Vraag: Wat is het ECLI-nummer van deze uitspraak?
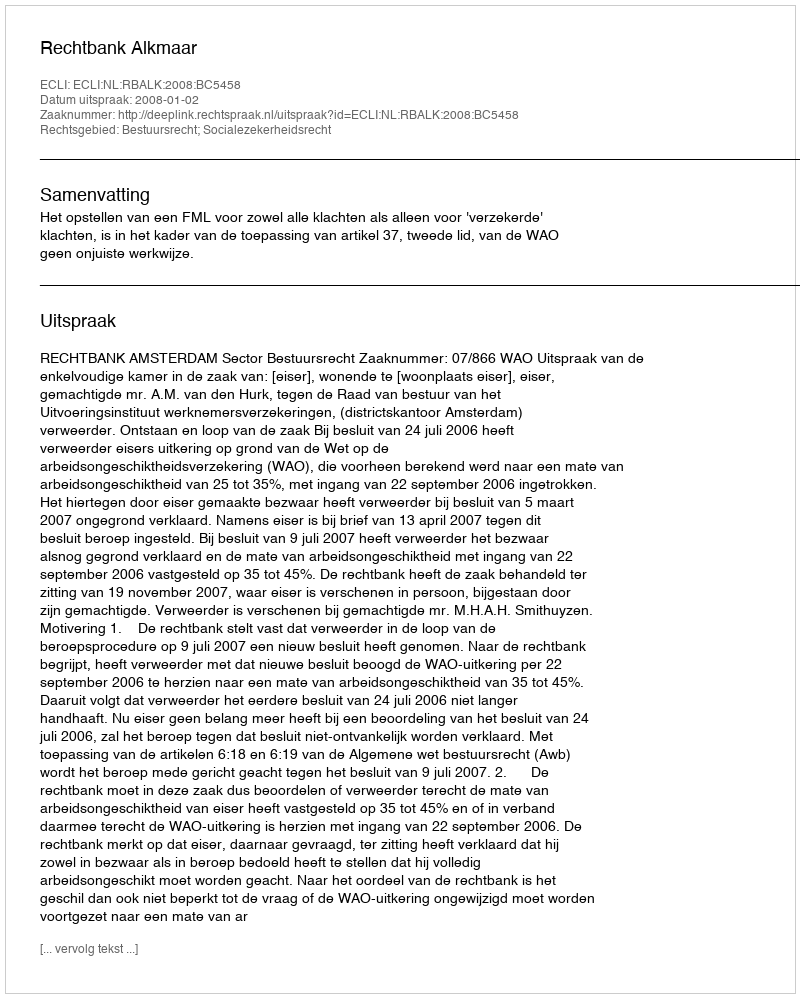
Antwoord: ECLI:NL:RBALK:2008:BC5458